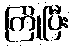
ကြိုပြီး